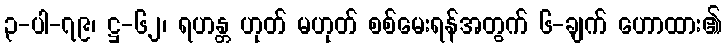
၃-ပါ-၇၉၊ ဋ္ဌ-၆၂၊ ရဟန္တ ဟုတ် မဟုတ် စစ်မေးရန်အတွက် ၆-ချက် ဟောထား၏